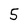
Character: 5